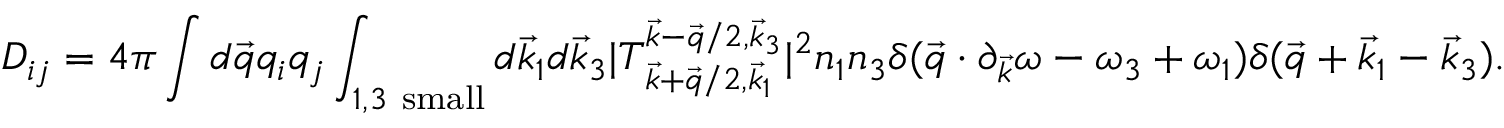
D _ { i j } = 4 \pi \int d \vec { q } q _ { i } q _ { j } \int _ { 1 , 3 \mathrm { ~ s m a l l } } d \vec { k } _ { 1 } d \vec { k } _ { 3 } | T _ { \vec { k } + \vec { q } / 2 , \vec { k } _ { 1 } } ^ { \vec { k } - \vec { q } / 2 , \vec { k } _ { 3 } } | ^ { 2 } n _ { 1 } n _ { 3 } \delta ( \vec { q } \cdot \partial _ { \vec { k } } \omega - \omega _ { 3 } + \omega _ { 1 } ) \delta ( \vec { q } + \vec { k } _ { 1 } - \vec { k } _ { 3 } ) .